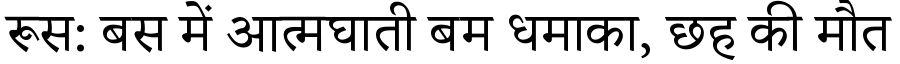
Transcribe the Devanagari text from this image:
रूस: बस में आत्मघाती बम धमाका, छह की मौत